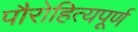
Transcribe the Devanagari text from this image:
पौरोहित्यपूर्ण